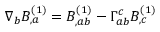
\nabla _ { b } B _ { , a } ^ { ( 1 ) } = B _ { , a b } ^ { ( 1 ) } - \Gamma _ { a b } ^ { c } B _ { , c } ^ { ( 1 ) }